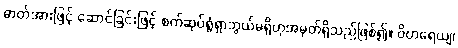
ဓာတ်အားဖြင့် ဆောင်ခြင်းဖြင့် စက်ဆုပ်ရွံရှာဘွယ်မရှိဟုအမှတ်ရှိသည်ဖြစ်၍။ ဝိဟရေယျ၊